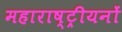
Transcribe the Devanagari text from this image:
महाराष्ट्रीयनों